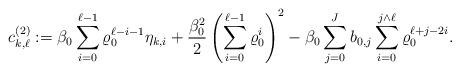
LaTeX: \begin{align*} c^{(2)}_{k,\ell} := \beta_0 \sum_{i=0}^{\ell-1} \varrho_0^{\ell-i-1} \eta_{k,i} + \frac{\beta_0^2}{2} \left( \sum_{i=0}^{\ell-1} \varrho_0^i \right)^2 - \beta_0 \sum_{j=0}^{J} b_{0,j} \sum_{i=0}^{j \wedge \ell} \varrho_0^{\ell+j-2i} . \end{align*}